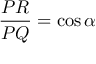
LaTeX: { \frac { P R } { P Q } } = \cos \alpha